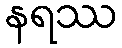
နရဿ